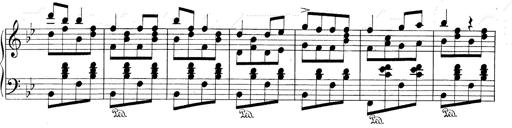
Title: RÃ©miniscences de Don Juan
Composer: Franz Liszt